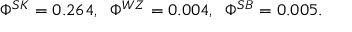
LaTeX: \Phi ^ { S K } = 0 . 2 6 4 , \; \; \Phi ^ { W Z } = 0 . 0 0 4 , \; \; \Phi ^ { S B } = 0 . 0 0 5 .